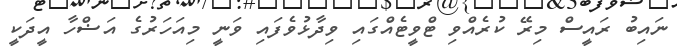
ނައިބު ރައީސް މިރޭ ކުރެއްވި ޓްވީޓެއްގައި ވިދާޅުވެފައި ވަނީ މިއަހަރުގެ އަޟްހާ އީދަކީ